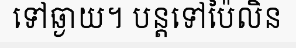
ទៅឆ្ងាយ។ បន្តទៅប៉ៃលិន